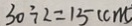
3 0 \div 2 = 1 5 ( c m